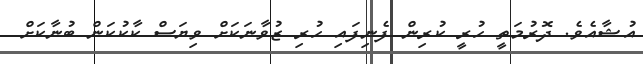
އުޝާއެވެ. ދޮރުމަތީ ހުރީ ކުރިން ފެނިފައި ހުރި ޒުވާނަކަށް ވިޔަސް ކާކުކަން ބުނާކަށް